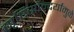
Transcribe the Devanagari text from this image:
सृष्टिसौन्दर्यामुळे